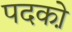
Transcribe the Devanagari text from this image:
पदको़